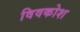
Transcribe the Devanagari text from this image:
विवकोश